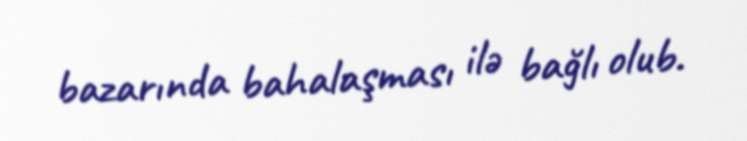
bazarında bahalaşması ilə bağlı olub.